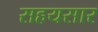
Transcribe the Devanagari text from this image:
सहयसार